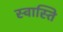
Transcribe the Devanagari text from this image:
स्‍वास्‍ति